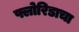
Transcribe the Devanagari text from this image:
फ्लोरिडाचा